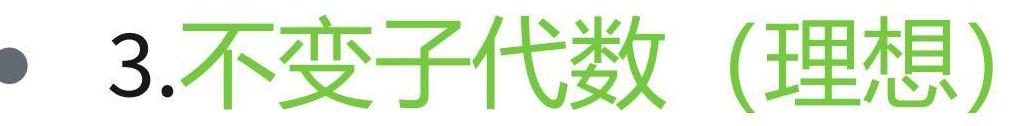
3.不变子代数（理想）